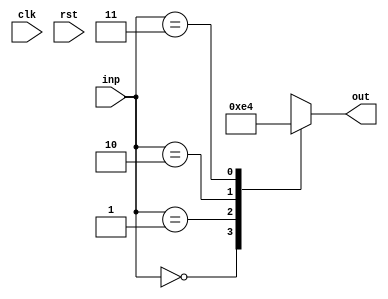
module attrib09_bar(clk, rst, inp, out);
  input  wire clk;
  input  wire rst;
  input  wire [1:0] inp;
  output reg  [1:0] out;

  always @(inp)
    (* full_case, parallel_case *)
    case(inp)
      2'd0: out <= 2'd3;
      2'd1: out <= 2'd2;
      2'd2: out <= 2'd1;
      2'd3: out <= 2'd0;
    endcase

endmodule

module attrib09_foo(clk, rst, inp, out);
  input  wire clk;
  input  wire rst;
  input  wire [1:0] inp;
  output wire [1:0] out;

  attrib09_bar bar_instance (clk, rst, inp, out);
endmodule